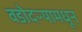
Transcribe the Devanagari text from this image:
वडोदऱ्यामधून